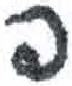
אות: פ